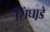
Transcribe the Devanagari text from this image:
सिंघाडे